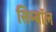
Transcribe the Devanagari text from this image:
सिम्बॉल